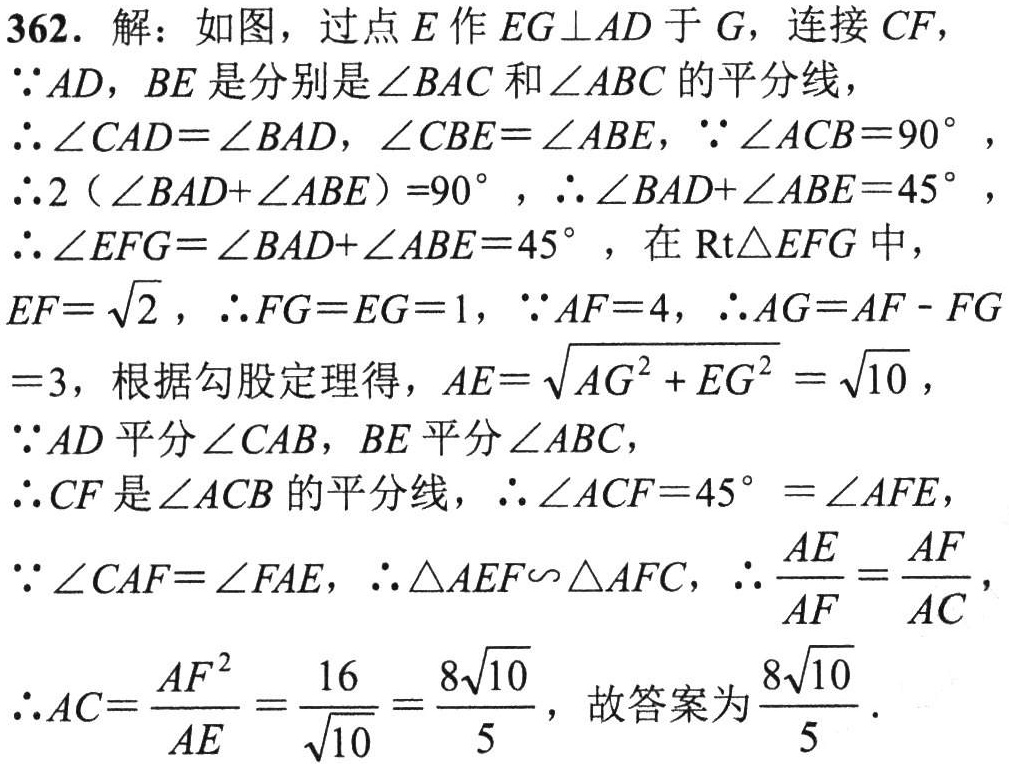
362. 解：如图，过点\(E\)作\(EG\perp AD\)于\(G\)，连接\(CF\)，
\(\because AD\)，\(BE\)是分别是\(\angle BAC\)和\(\angle ABC\)的平分线，
\(\therefore\angle CAD = \angle BAD\)，\(\angle CBE=\angle ABE\)，\(\because\angle ACB = 90^{\circ}\)，
\(\therefore 2(\angle BAD+\angle ABE)=90^{\circ}\)，\(\therefore\angle BAD+\angle ABE = 45^{\circ}\)，
\(\therefore\angle EFG=\angle BAD+\angle ABE = 45^{\circ}\)，在\(\text{Rt}\triangle EFG\)中，
\(EF = \sqrt{2}\)，\(\therefore FG = EG = 1\)，\(\because AF = 4\)，\(\therefore AG=AF - FG\)
\(= 3\)，根据勾股定理得，\(AE=\sqrt{AG^{2}+EG^{2}}=\sqrt{10}\)，
\(\because AD\)平分\(\angle CAB\)，\(BE\)平分\(\angle ABC\)，
\(\therefore CF\)是\(\angle ACB\)的平分线，\(\therefore\angle ACF = 45^{\circ}=\angle AFE\)，
\(\because\angle CAF=\angle FAE\)，\(\therefore\triangle AEF\backsim\triangle AFC\)，\(\therefore\frac{AE}{AF}=\frac{AF}{AC}\)，
\(\therefore AC=\frac{AF^{2}}{AE}=\frac{16}{\sqrt{10}}=\frac{8\sqrt{10}}{5}\)，故答案为\(\frac{8\sqrt{10}}{5}\)．